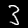
Digit: 3